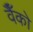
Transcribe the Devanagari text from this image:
वैँको